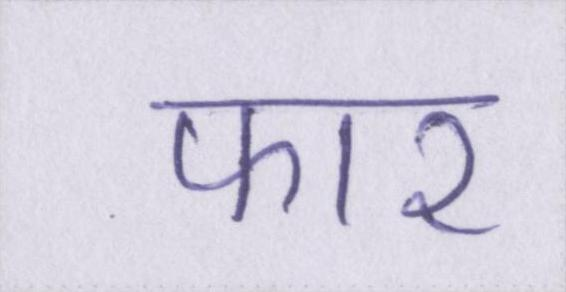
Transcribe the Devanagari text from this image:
फार